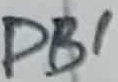
Text: DB1